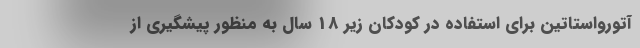
آتورواستاتین برای استفاده در کودکان زیر 18 سال به منظور پیشگیری از